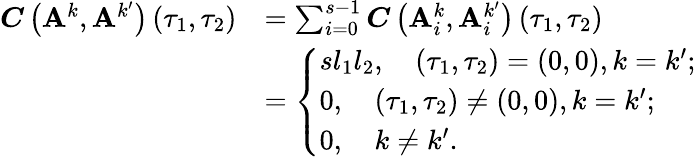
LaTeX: \begin{array}{rl}{\boldsymbol{C}\left(\mathbf{A}^{k},\mathbf{A}^{k^{\prime}}\right)\left(\tau_{1},\tau_{2}\right)}&{=\sum_{i=0}^{s-1}\boldsymbol{C}\left(\mathbf{A}_{i}^{k},\mathbf{A}_{i}^{k^{\prime}}\right)\left(\tau_{1},\tau_{2}\right)}\\ &{=\left\{ \begin{array}{ll}{sl_{1}l_{2},\quad\left(\tau_{1},\tau_{2}\right)=(0,0),k=k^{\prime};}\\ {0,\quad\left(\tau_{1},\tau_{2}\right)\neq(0,0),k=k^{\prime};}\\ {0,~~~~k\neq k^{\prime}.}\end{array}\right.}\end{array}